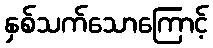
နှစ်သက်သောကြောင့်